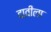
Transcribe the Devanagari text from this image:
दावीला